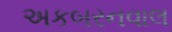
અકબરનવાલ